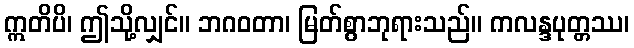
ဣတိပိ၊ ဤသို့လျှင်။ ဘဂဝတာ၊ မြတ်စွာဘုရားသည်။ ကလန္ဒပုတ္တဿ၊